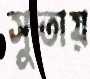
সুতায়